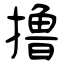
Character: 撸